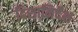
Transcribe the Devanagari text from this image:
दिशानिर्देंश